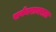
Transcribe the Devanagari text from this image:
सर्वचराचरात